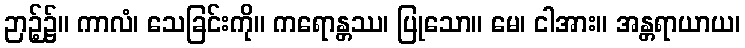
ဉာဉ့်၌။ ကာလံ၊ သေခြင်းကို။ ကရောန္တဿ၊ ပြုသော။ မေ၊ ငါအား။ အန္တရာယာယ၊